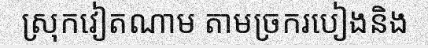
ស្រុកវៀតណាម តាមច្រករបៀងនិង